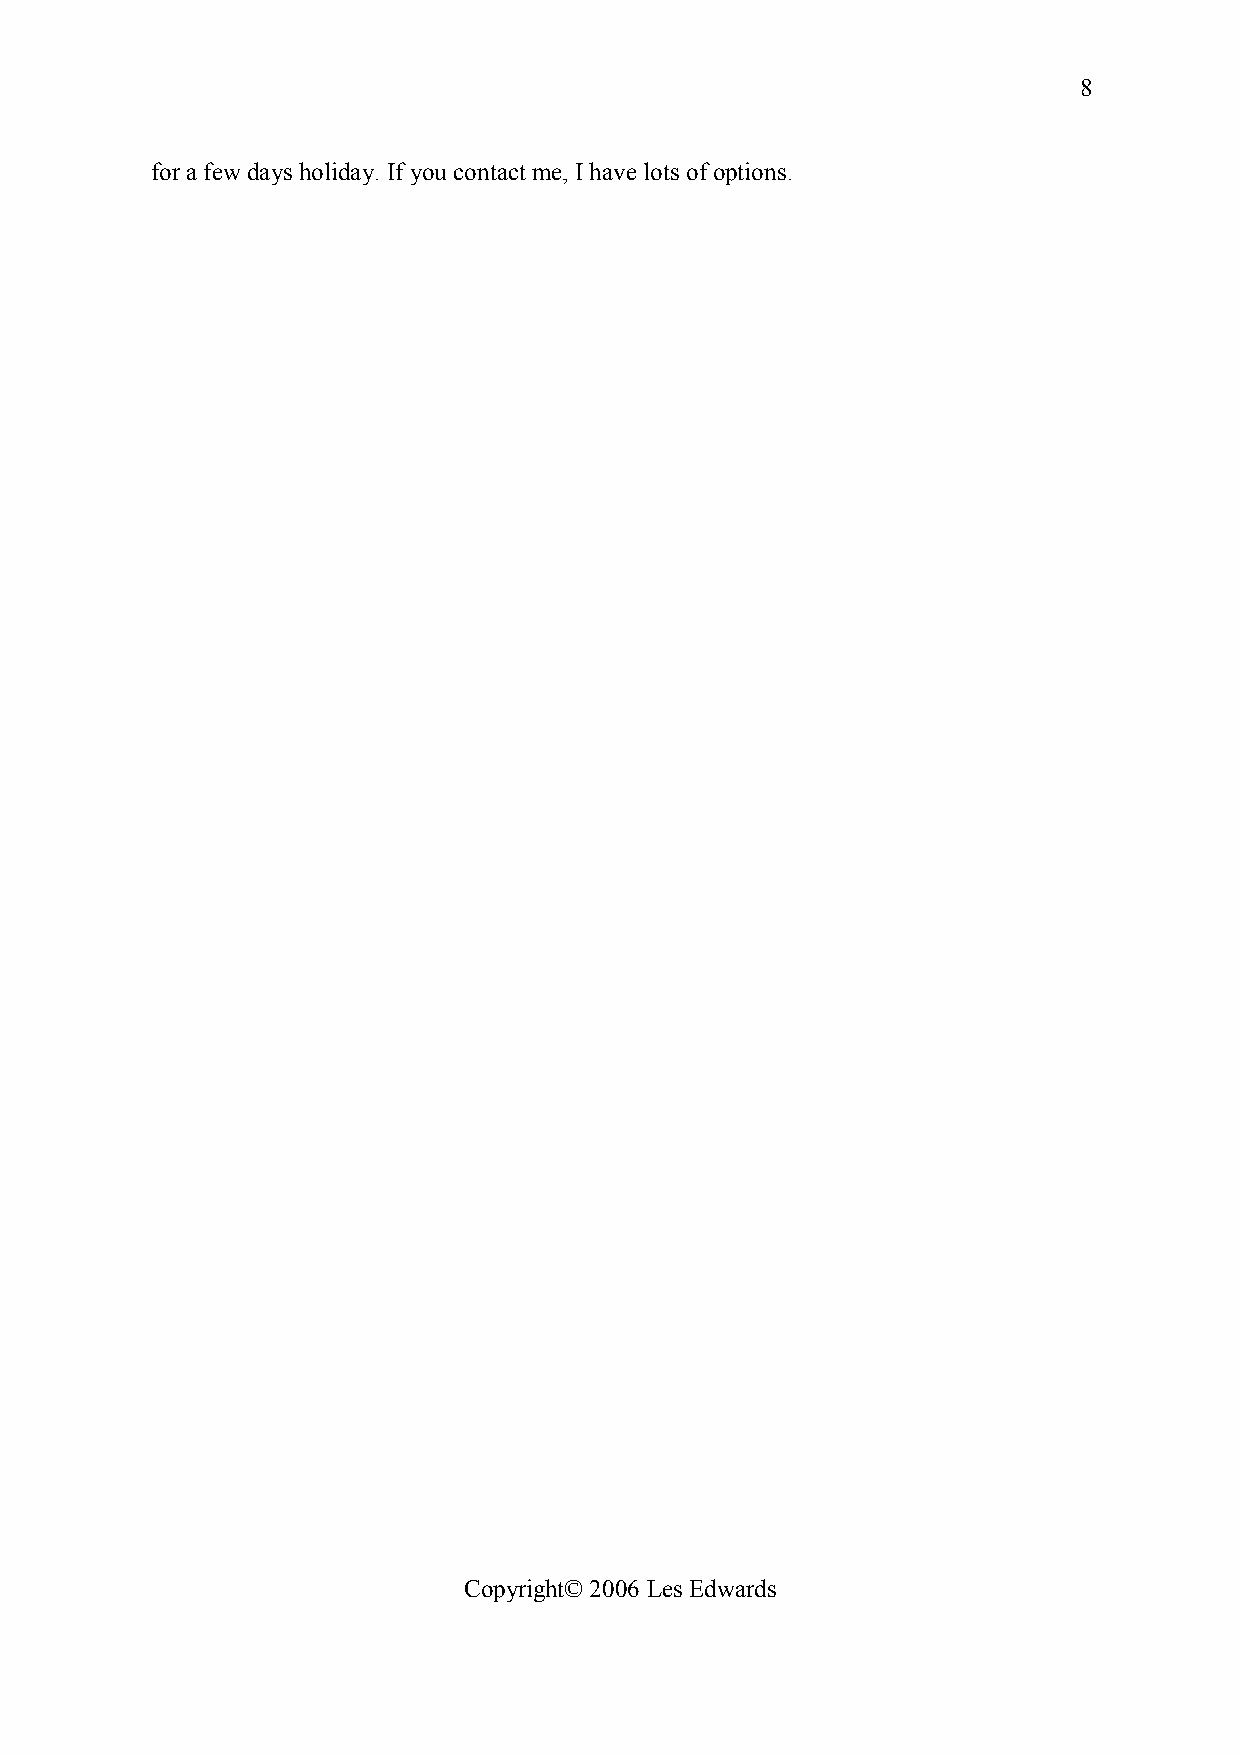
8
 for a few days holiday. If you contact me, I have lots of options.
 THE ADVANTAGES  OF OWNING
 A CAVE HOME
 Copyright© 2006 Les Edwards